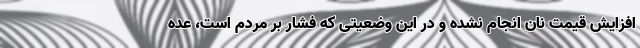
افزایش قیمت نان انجام نشده و در این وضعیتی که فشار بر مردم است، عده